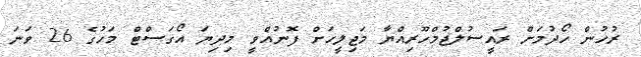
ރުހުން ހޯދުމަށް ރައީސުލްޖުމްހޫރިއްޔާ މަޖިލީހަށް ފޮނުއްވީ މިދިޔަ އޯގަސްޓް މަހުގެ 26 ވަނަ